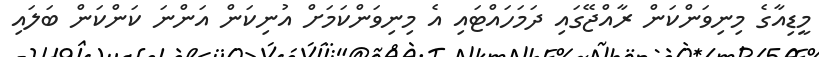
މީޑިއާގެ މިނިވަންކަން ރާއްޖޭގައި ދަމަހައްޓައި އެ މިނިވަންކަމަށް އުނިކަން އަންނަ ކަންކަން ބަލައި